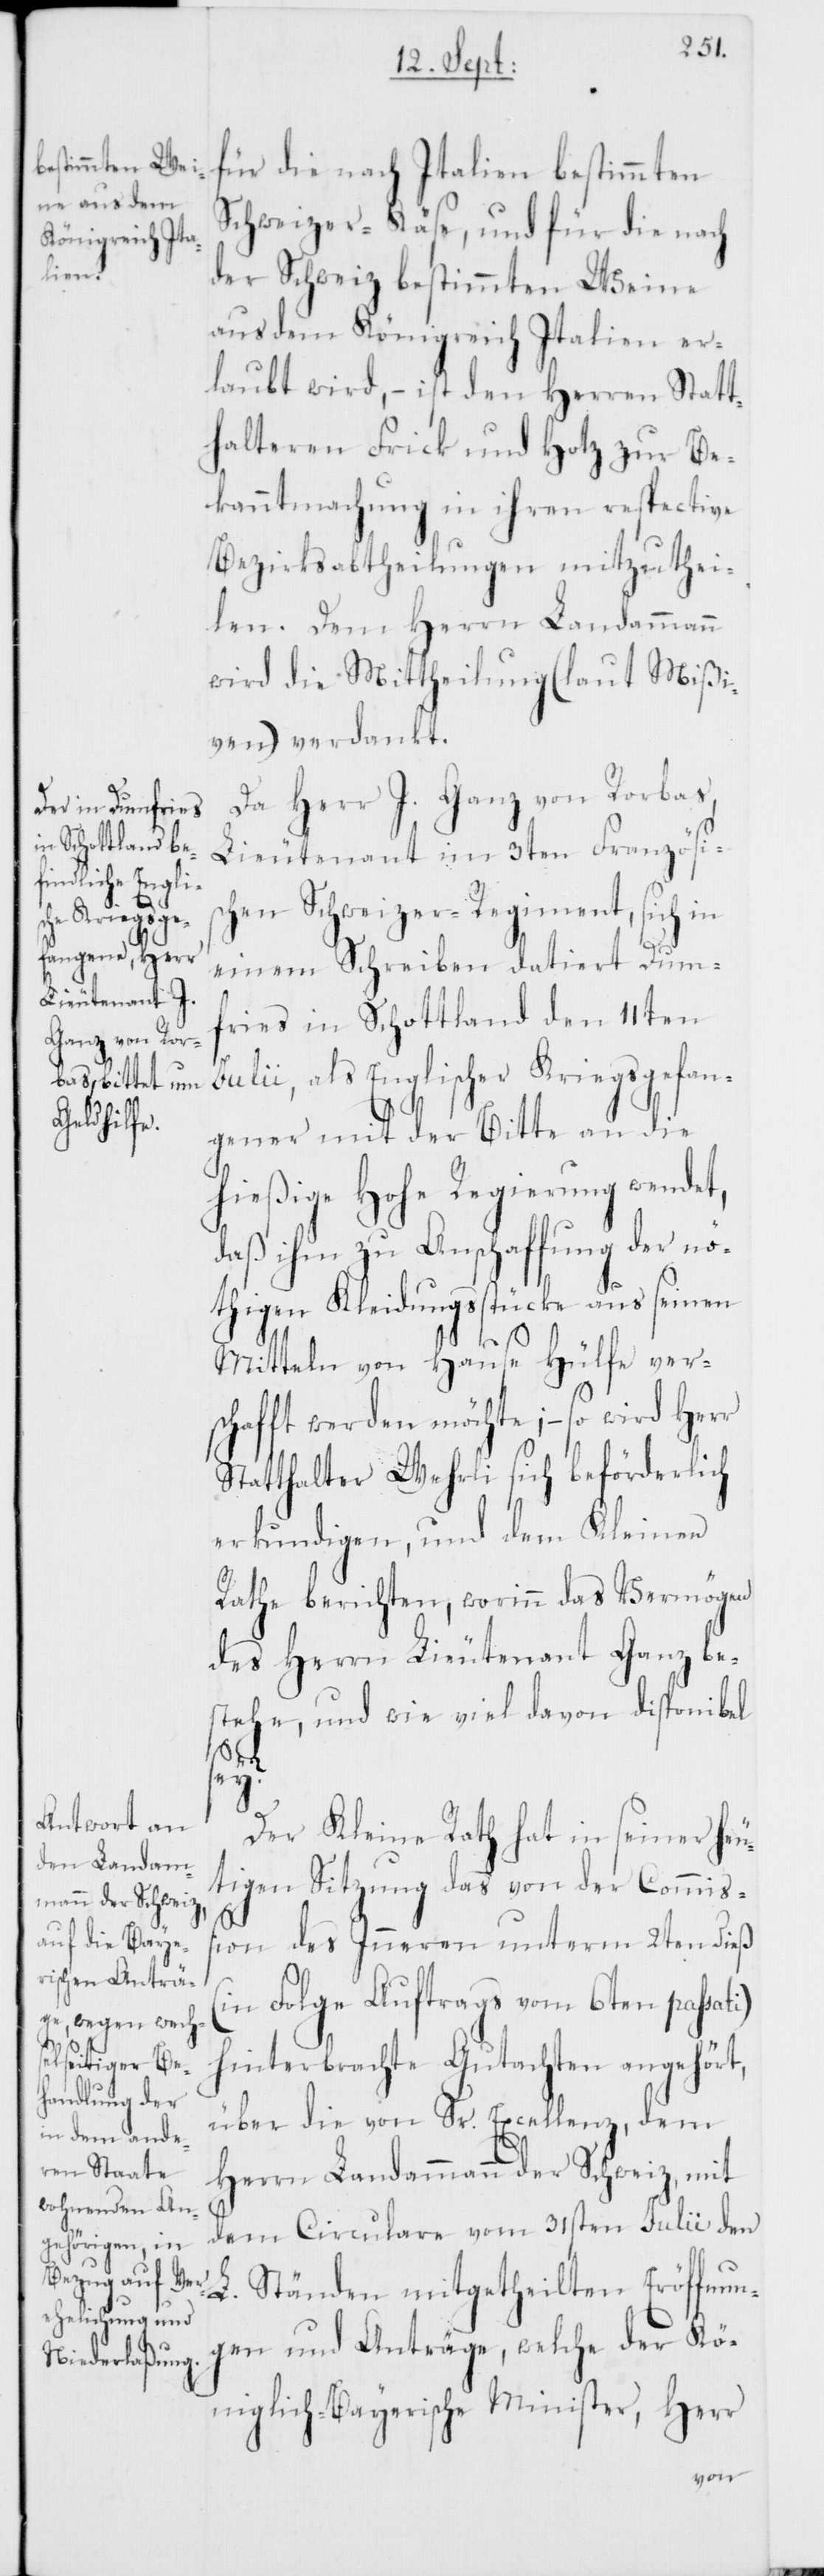
für die nach Italien bestimmten
Schweizer-Käse, und für die nach
der Schweiz bestimmten Weine
aus dem Königreich Italien er¬
laubt wird, – ist den Herren Statt¬
halteren Frick und Hotz zur Be¬
kanntmachung in ihren respective
Bezirksabtheilungen mitzuthei¬
len. Dem Herrn Landammann
wird die Mittheilung (laut Mißi¬
ven) verdankt.
Da Herr J. Ganz von Rorbas,
Lieutenant im 3ten Französis¬
chen Schweizer-Regiment, sich in
einem Schreiben datiert Dum¬
fries in Schottland den 11ten
Julii, als Englischer Kriegsgefan¬
gener mit der Bitte an die
hießige Hohe Regierung wendet,
daß ihm zu Anschaffung der nö¬
thigen Kleidungßtücke aus seinen
Mitteln von Hause Hülfe ver¬
schafft werden möchte; – so wird Herr
Statthalter Wehrli sich beförderlich
erkundigen, und dem Kleinen
Rathe berichten, worinn das Vermögen
des Herrn Lieutenant Ganz be¬
stehe, und wie viel davon disponibel
sey?
Der Kleine Rath hat in seiner heu¬
tigen Sitzung das von der Commiß¬
ion des Inneren unterm 2ten dieß
(in Folge Auftrags vom 6ten passati)
hinterbrachte Gutachten angehört,
über die von Sr. Excellenz, dem
Herrn Landammann der Schweiz, mit
dem Circulare vom 31sten Julii den
L. Ständen mitgetheilten Eröffnun¬
gen und Anträge, welche der Kö¬
niglich-Bayerische Minister, Herr